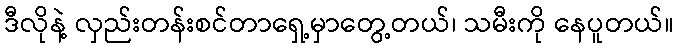
ဒီလိုနဲ့ လှည်းတန်းစင်တာရှေ့မှာတွေ့တယ်၊ သမီးကို နေပူတယ်။